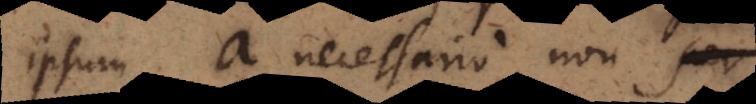
ipsum a necessario non per